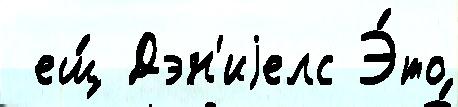
 ещ́ Дэн'иjелс Э́то